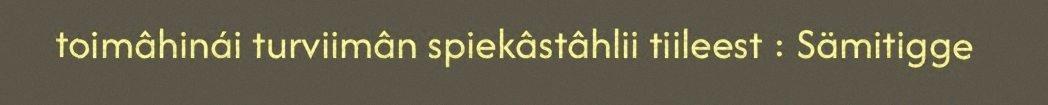
toimâhinái turviimân spiekâstâhlii tiileest : Sämitigge